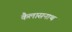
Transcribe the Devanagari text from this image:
कैलासनाथ